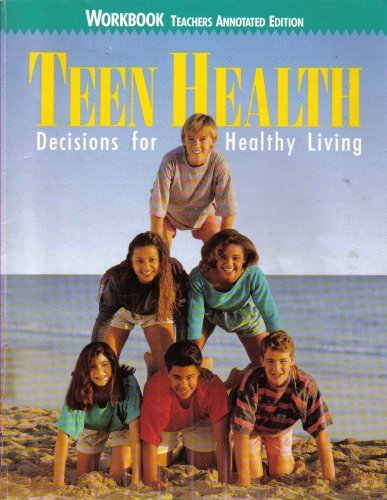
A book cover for Teen Health Decisions For Healthy Living (Workbook); Glencoe Macmillan/McGraw-Hill; Health, Fitness & Dieting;